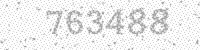
Solution: 763488